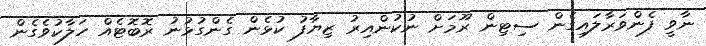
ނާވީ ފެންވަރާލައިގެން ސިޓިން ރޫމަށް ނުކުންއިރު ޒިޔާފު ކުޅެން ގެންގުޅުނު ރޮބޮޓެއް ހަލާކުވެގެން